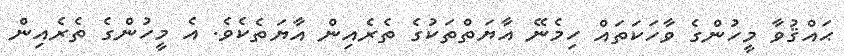
ޙައްޤުވާ މީހުންގެ ވާހަކަތައް ހިމެނޭ އާޔަތްތަކުގެ ތެރެއިން އާޔަތެކެވެ. އެ މީހުންގެ ތެރެއިން